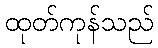
ထုတ်ကုန်သည်